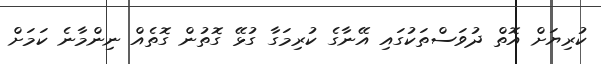
ކުރިޔަށް އޮތް ދުވަސްތަކުގައި އޭނާގެ ކުރިމަގާ ގުޅޭ ގޮތުން ގޮތެއް ނިންމާނެ ކަމަށް